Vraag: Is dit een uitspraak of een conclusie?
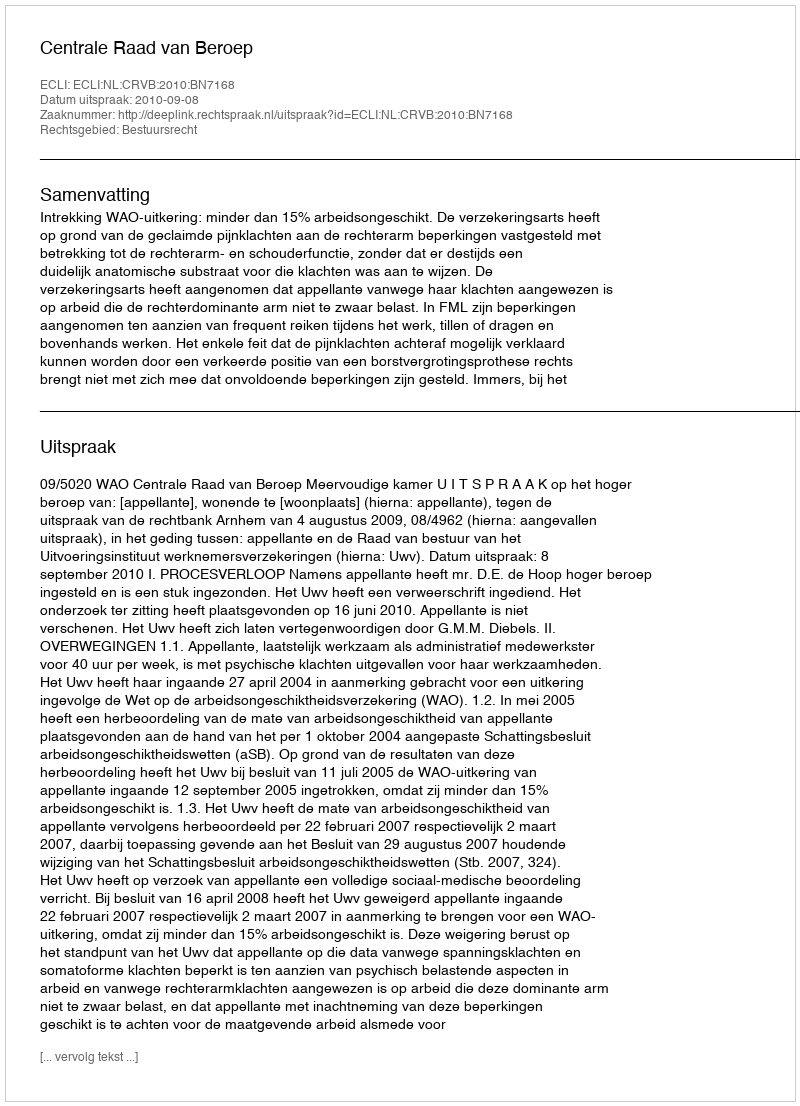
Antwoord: Uitspraak